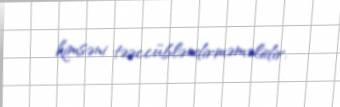
kimsəni təəccübləndirməməlidir.